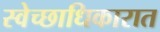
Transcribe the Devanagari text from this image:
स्वेच्छाधिकारात